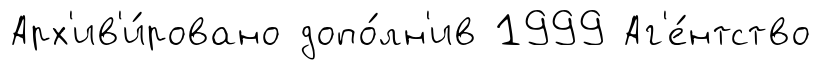
Арх'ив'и́ровано допо́лн'ив 1999 Аг'е́нтство